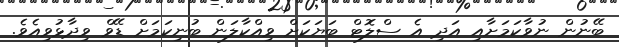
ބޭނުން ނުވާކަމަށާއި އަދި އެ ސްލޮޓް ބަޔަކަށް ވިއްކާލަން ބުނިކަމަށް ޑޭވް ވިދާޅުވިއެވެ.